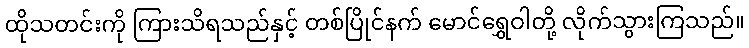
ထိုသတင်းကို ကြားသိရသည်နှင့် တစ်ပြိုင်နက် မောင်ရွှေဝါတို့ လိုက်သွားကြသည်။